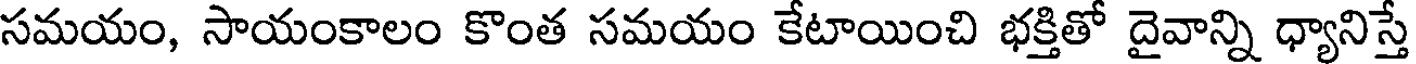
సమయం, సాయంకాలం కొంత సమయం కేటాయించి భక్తితో దైవాన్ని ధ్యానిస్తే